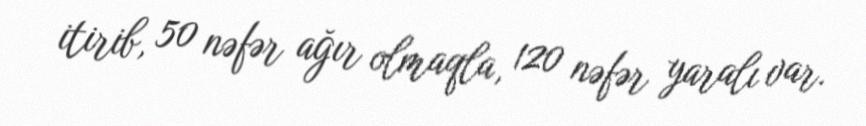
itirib, 50 nəfər ağır olmaqla, 120 nəfər yaralı var.